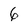
Character: 6